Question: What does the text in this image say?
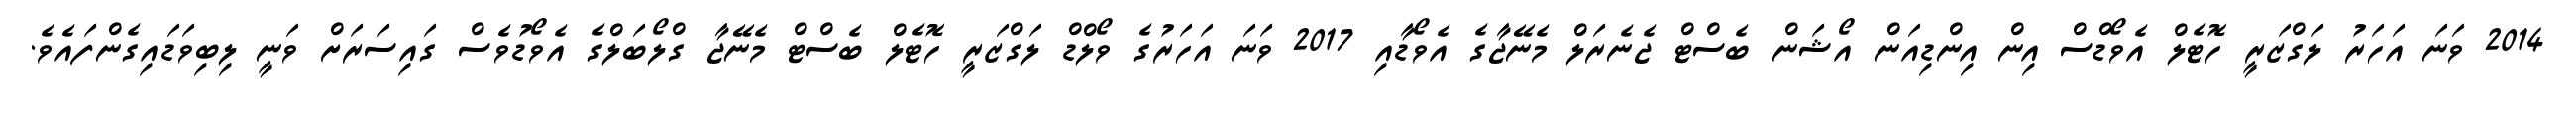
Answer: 2014 ވަނަ އަހަރު ލަގްޒަރީ ހޮޓެލް އެވޯޑްސް އިން އިންޑިއަން އޯޝަން ބެސްޓް ޖެނެރަލް މެނޭޖާގެ އެވޯޑާއި 2017 ވަނަ އަހަރުގެ ވޯލްޑް ލަގްޒަރީ ހޮޓެލް ބެސްޓް މެނޭޖާ ގްލޯބަލްގެ އެވޯޑުވެސް ގައިސަރަށް ވަނީ ލިބިވަޑައިގެންފައެވެ.